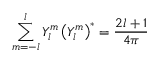
\sum _ { m = - l } ^ { l } Y _ { l } ^ { m } \left( Y _ { l } ^ { m } \right) ^ { * } = \frac { 2 l + 1 } { 4 \pi }